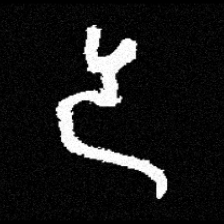
Pyu character \u2014 Myanmar letter: ဒ (romanized: da)